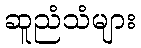
ဆူညံသံများ